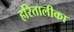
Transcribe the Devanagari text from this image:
हरितालीका